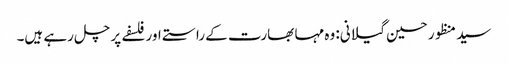
سید منظور حسین گیلانی: وہ مہا بھارت کے راستے اور فلسفے پر چل رہے ہیں۔